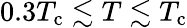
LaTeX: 0.3T_{\mathrm{c}}\lesssim T\lesssim T_{\mathrm{c}}